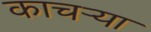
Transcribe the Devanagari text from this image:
काचऱ्या